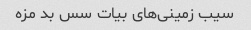
سیب زمینی‌های بیات سس بد مزه